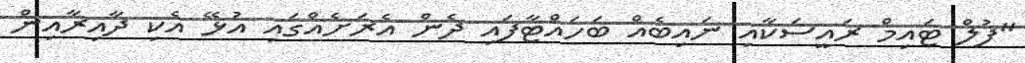
"ފުލް ޓައިމް ރައީސަކާއި ނައިބެއް ބަހައްޓާފައި ދެން އެރަށެއްގައި އުޅޭ އެކި ދާއިރާއިން